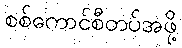
စစ်ကောင်စီတပ်အဖို့